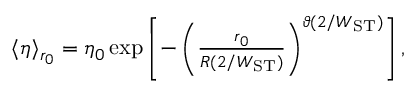
\begin{array} { r } { \langle \eta \rangle _ { r _ { 0 } } = \eta _ { 0 } \exp \left[ - \left( \frac { r _ { 0 } } { R ( 2 / W _ { \mathrm { S T } } ) } \right) ^ { \vartheta ( 2 / W _ { \mathrm { S T } } ) } \right] , } \end{array}